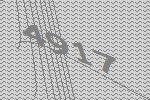
4917